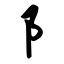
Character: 阝